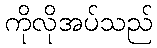
ကိုလိုအပ်သည်